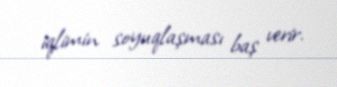
iqlimin soyuqlaşması baş verir.